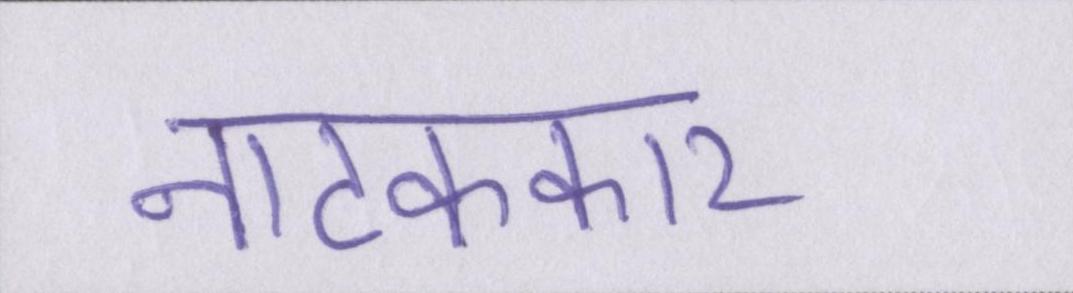
नाटककार